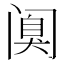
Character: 𰿸